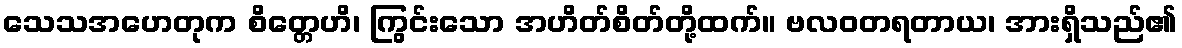
သေသအဟေတုက စိတ္တေဟိ၊ ကြွင်းသော အဟိတ်စိတ်တို့ထက်။ ဗလဝတရတာယ၊ အားရှိသည်၏